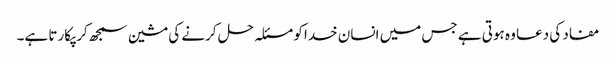
مفاد کی دعا وہ ہوتی ہے جس میں انسان خدا کو مسئلہ حل کرنے کی مشین سمجھ کر پکارتا ہے۔